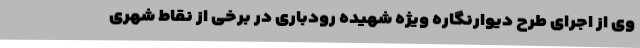
وی از اجرای طرح دیوارنگاره ویژه شهیده رودباری در برخی از نقاط شهری